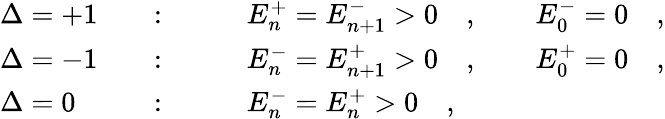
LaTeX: \begin{array}{lll}{{\Delta=+1\quad}}&{{:\qquad}}&{{E_{n}^{+}=E_{n+1}^{-}>0\quad,\qquad E_{0}^{-}=0\quad,}}\\ {{\Delta=-1\quad}}&{{:\qquad}}&{{E_{n}^{-}=E_{n+1}^{+}>0\quad,\qquad E_{0}^{+}=0\quad,}}\\ {{\Delta=0\quad}}&{{:\qquad}}&{{E_{n}^{-}=E_{n}^{+}>0\quad,}}\end{array}